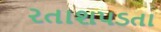
રતાશપડતા